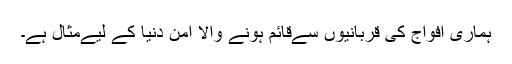
ہماری افواج کی قربانیوں سےقائم ہونے والا امن دنیا کے لیےمثال ہے۔